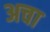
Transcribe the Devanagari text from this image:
अचा